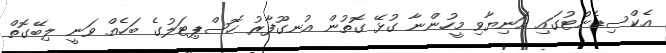
އެކްސިޑެންޓުގައި އަނިޔާވި މީހުންނާ ގުޅޭ ގޮތުން އުނގޫފާރު ހޮސްޕިޓަލުގެ ބަހެއް ވަނީ ލިބޭގޮތް